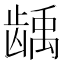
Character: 龋